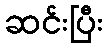
ဆင်းပြီး